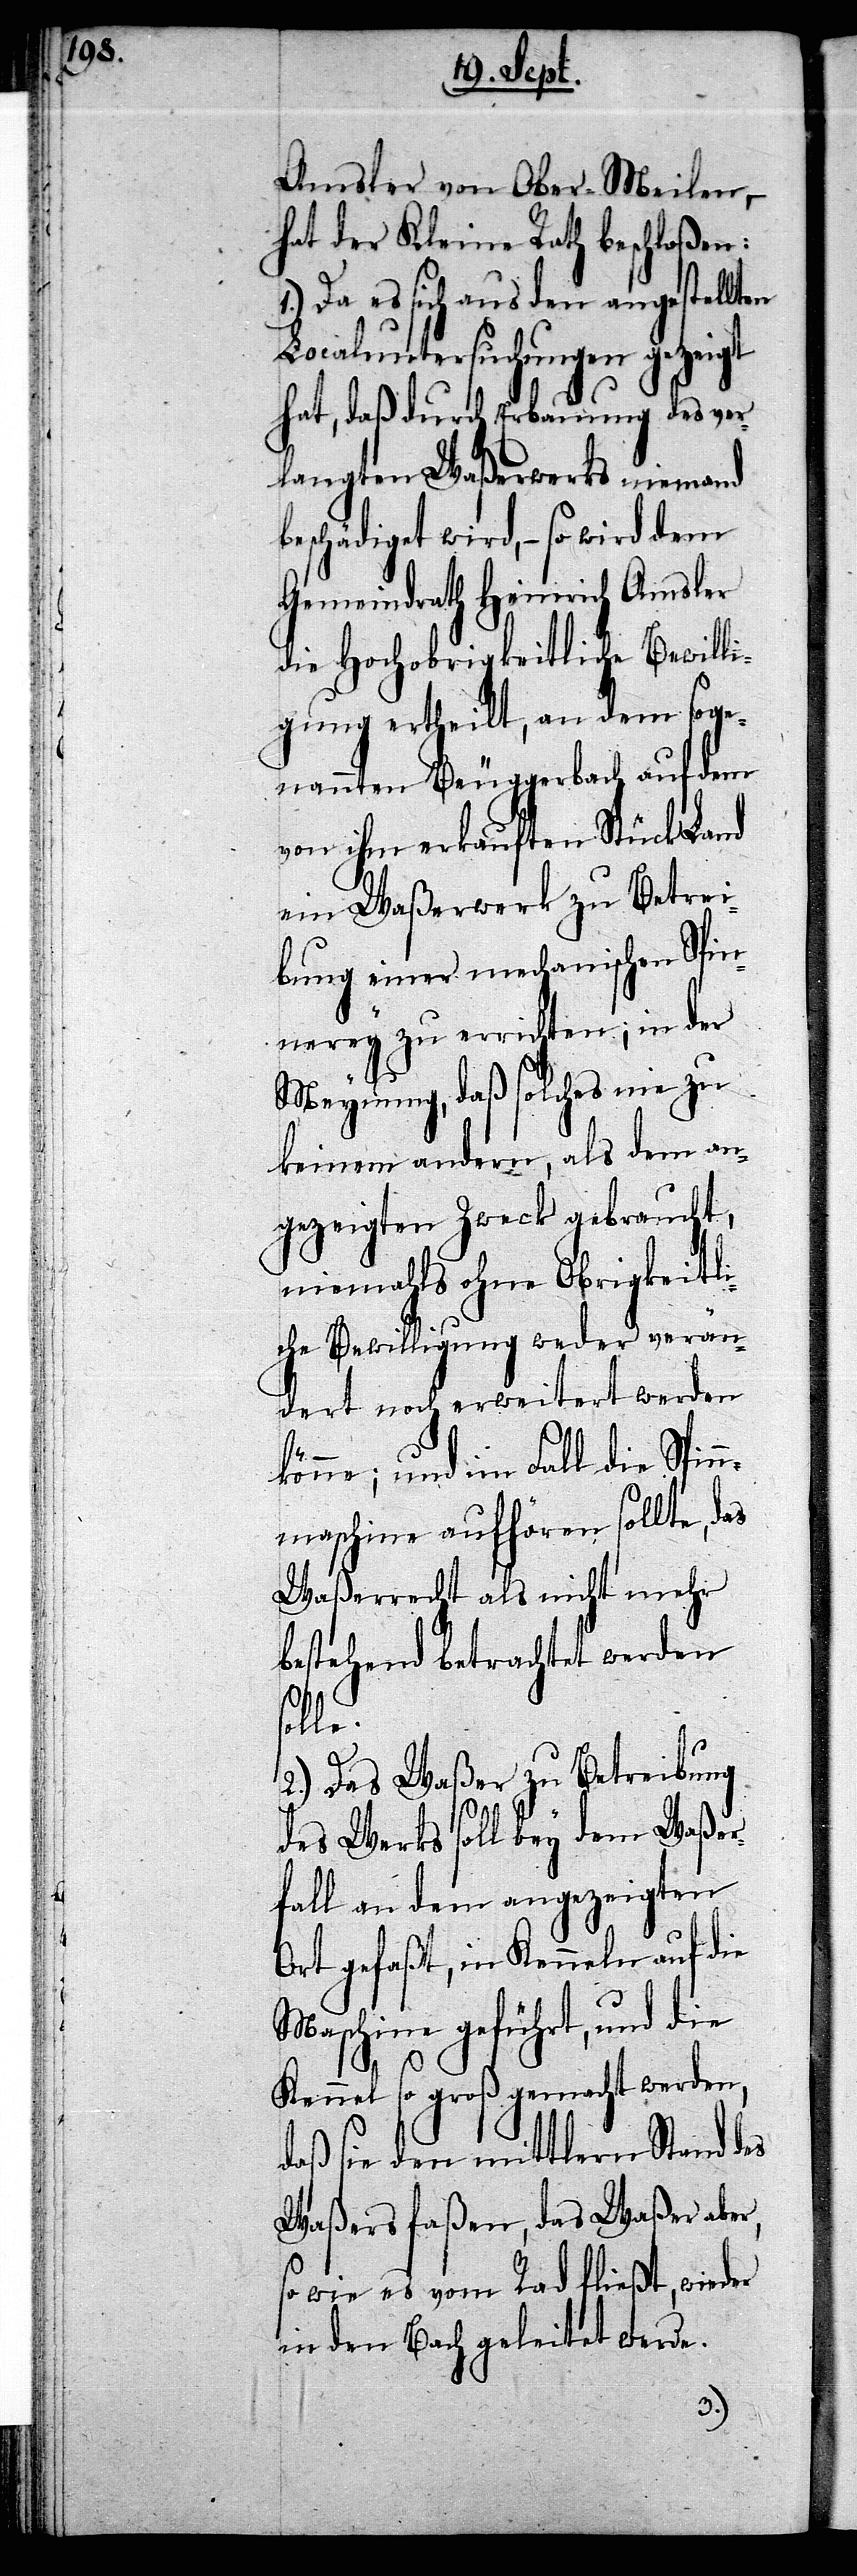
Amsler von Ober-Meilen, –
hat der Kleine Rath beschloßen:
Da es sich aus den angestellten
Localuntersuchungen gezeigt
hat, daß durch Erbauung des ver¬
langten Waßerwerks niemand
beschädigt wird, – so wird dem
Gemeindrath Heinrich Amsler
die Hochobrigkeitliche Bewilli¬
gung ertheilt, an dem soge¬
nannten Beuggerbach auf dem
von ihm erkauften Stück Land
ein Waßerwerk zu Betrei¬
bung einer mechanischen Spin¬
nerey zu errichten; in der
Meynung, daß solches nie zu
keinem andern, als dem an¬
gezeigten Zweck gebraucht,
niemahls ohne Obrigkeitli¬
che Bewilligung weder verän¬
dert noch erweitert werden
könne; und im Fall die Spin¬
nmaschine aufhören sollte, das
Waßerrecht als nicht mehr
bestehend betrachtet werden
solle.
2.) Das Waßer zu Betreibung
des Werks soll bey dem Waßer¬
fall an dem angezeigten
Ort gefaßt, in Kenneln auf die
Maschine geführt, und die
Kennel so groß gemacht werden,
daß sie den mittlern Stand des
Waßers faßen, das Waßer aber,
so wie es vom Rad fließt, wieder
in den Bach geleitet werde.